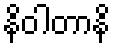
နိဝါတာနိ